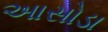
આસોડા